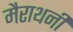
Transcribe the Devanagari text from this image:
मैराथनी